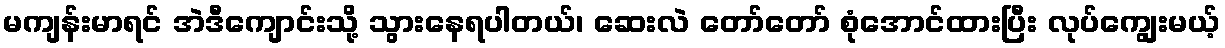
မကျန်းမာရင် အဲဒီကျောင်းသို့ သွားနေရပါတယ်၊ ဆေးလဲ တော်တော် စုံအောင်ထားပြီး လုပ်ကျွေးမယ့်